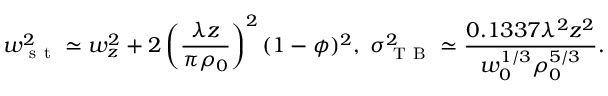
w _ { \mathrm { ~ s ~ t ~ } } ^ { 2 } \simeq w _ { z } ^ { 2 } + 2 \left( \frac { \lambda z } { \pi \rho _ { 0 } } \right) ^ { 2 } ( 1 - \phi ) ^ { 2 } , ~ \sigma _ { \mathrm { ~ T ~ B ~ } } ^ { 2 } \simeq \frac { 0 . 1 3 3 7 \lambda ^ { 2 } z ^ { 2 } } { w _ { 0 } ^ { 1 / 3 } \rho _ { 0 } ^ { 5 / 3 } } .